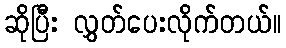
ဆိုပြီး လွှတ်ပေးလိုက်တယ်။